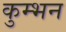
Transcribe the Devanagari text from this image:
कुम्भन